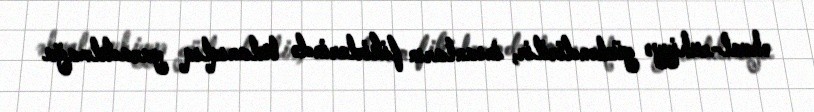
əhval-ruhiyyə gücləndirilir, insanların fikirlərində bulanıqlıq yaradılmağa